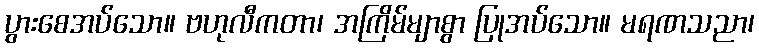
ပွားစေအပ်သော။ ဗဟုလီကတာ၊ အကြိမ်မျာစွာ ပြုအပ်သော။ မရဏသညာ၊